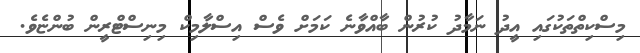
މިސްކިތްތަކުގައި އީދު ނަމާދު ކުރުން ބާއްވާނެ ކަމަށް ވެސް އިސްލާމިކް މިނިސްޓްރީން ބުންޏެވެ.